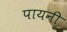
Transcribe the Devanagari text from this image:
पायनी